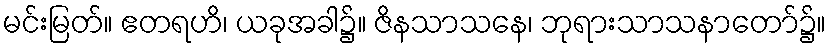
မင်းမြတ်။ ဧတရဟိ၊ ယခုအခါ၌။ ဇိနသာသနေ၊ ဘုရားသာသနာတော်၌။